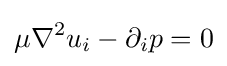
\mu \nabla ^{2}u_{i}-\partial _{i}p=0